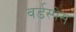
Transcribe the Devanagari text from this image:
वर्डस्पेस